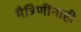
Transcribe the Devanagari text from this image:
मैत्रिणींनाही